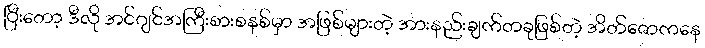
ပြီးတော့ ဒီလို အင်ဂျင်အကြီးစားစနစ်မှာ အဖြစ်များတဲ့ အားနည်းချက်တခုဖြစ်တဲ့ အိတ်ဇောကနေ